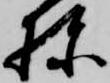
棟